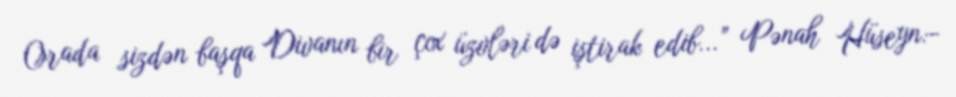
Orada sizdən başqa Divanın bir çox üzvləri də iştirak edib...” Pənah Hüseyn:-